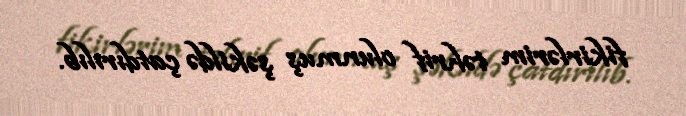
fikirlərim təhrif olunmuş şəkildə çatdırılıb.